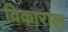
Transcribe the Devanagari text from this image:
विकाराल